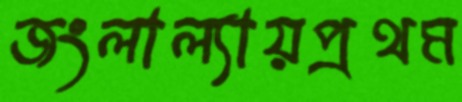
জংলাল্যায়প্রথম